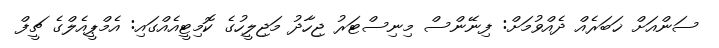
ސަންއަށް ޚަބަރެއް ދެއްވުމަށް: ފިނޭންސް މިނިސްޓަރު ޖިހާދު މަޖިލީހުގެ ކޮމިޓީއެއްގައި: އެމްޕީއެލްގެ ޗީފް